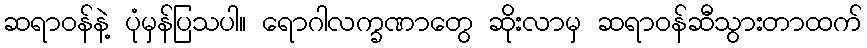
ဆရာဝန်နဲ့ ပုံမှန်ပြသပါ။ ရောဂါလက္ခဏာတွေ ဆိုးလာမှ ဆရာဝန်ဆီသွားတာထက်